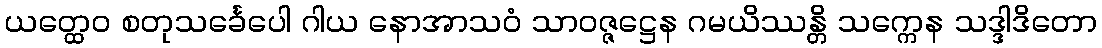
ယတ္ထေဝ စတုသင်္ခေပေါ ဂါယ နောအာသဝံ သာဝဇ္ဇဋ္ဌေန ဂမယိဿန္တိ သက္ကေန သဒ္ဒါဒိတော